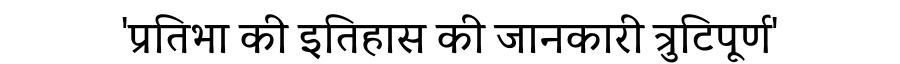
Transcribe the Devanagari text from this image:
'प्रतिभा की इतिहास की जानकारी त्रुटिपूर्ण'